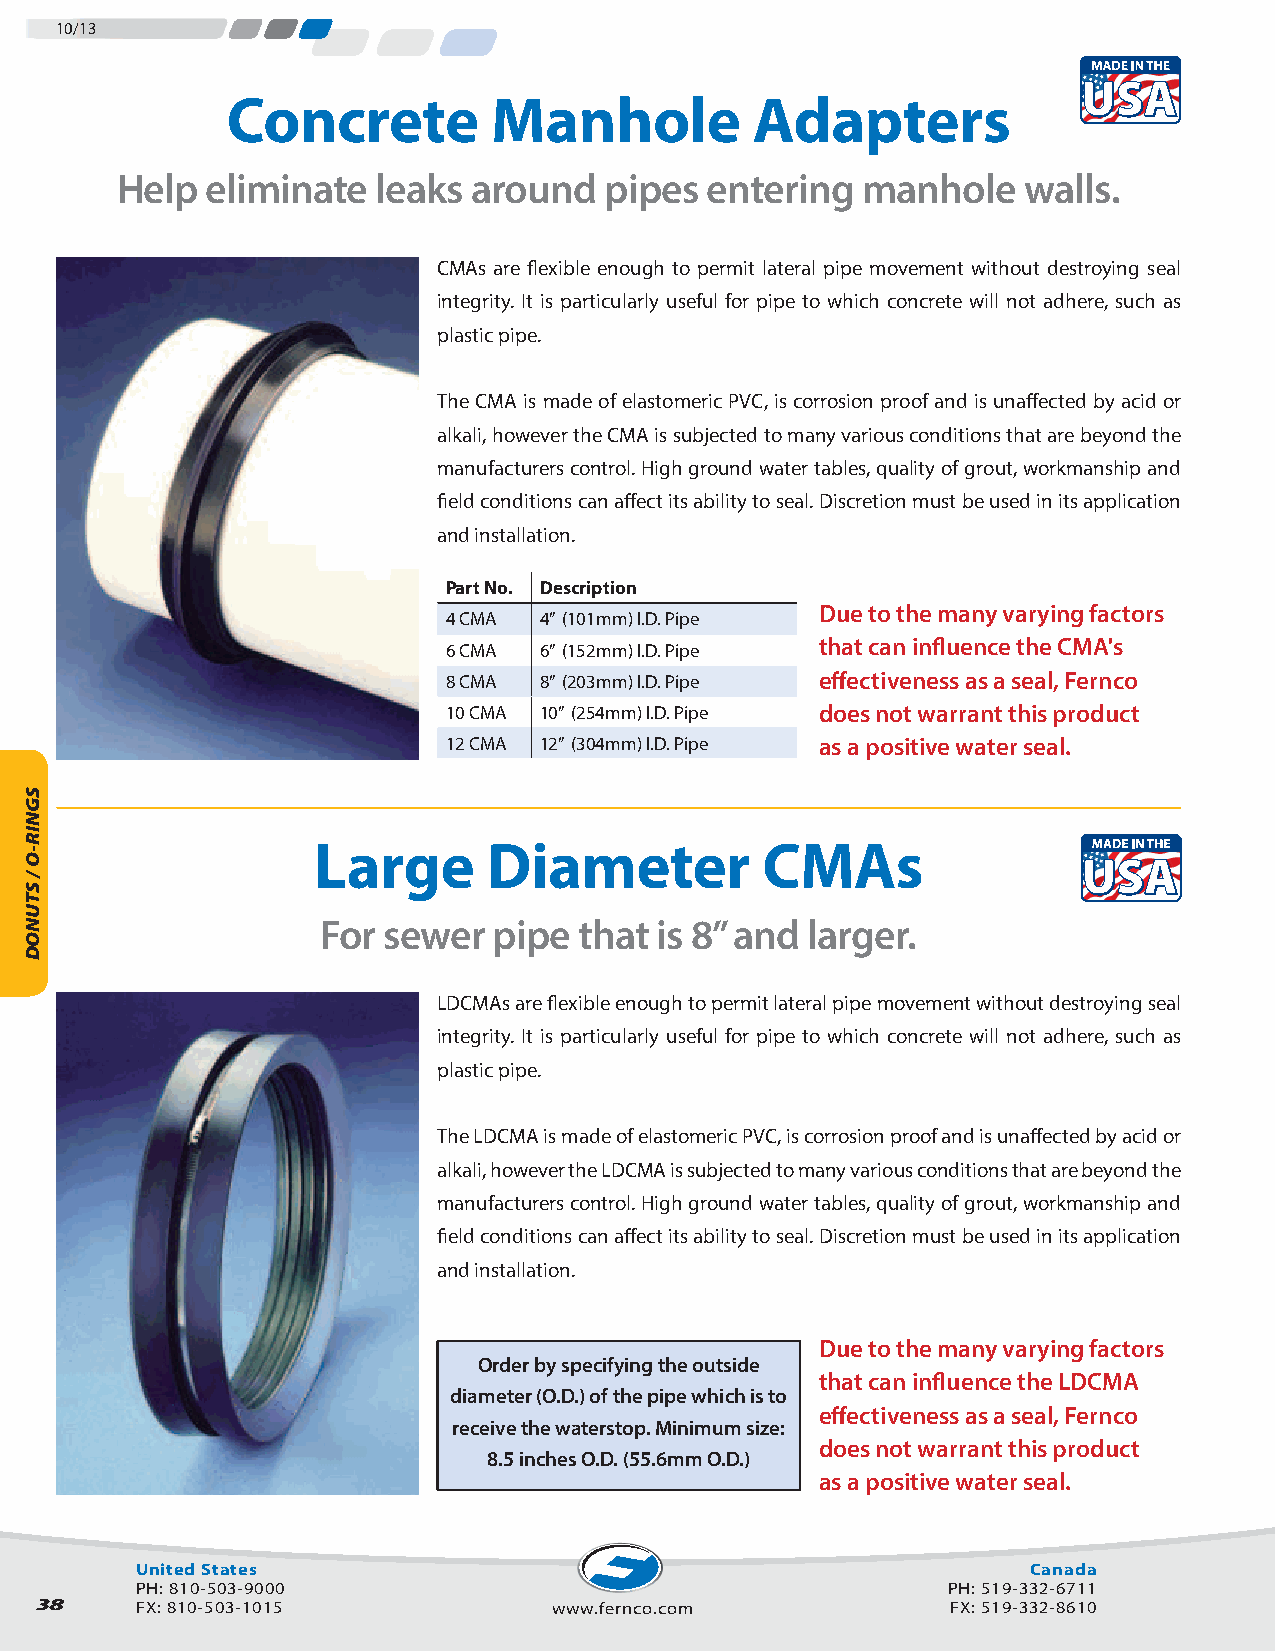
10/13
 Concrete          Manhole          Adapters
 Help  eliminate  leaks around   pipes  entering  manhole    walls.
 CMAs are flexible enough to permit lateral pipe movement without destroying seal
 integrity. It is particularly useful for pipe to which concrete will not adhere, such as
 plastic pipe.
 The CMA is made of elastomeric PVC, is corrosion proof and is unaffected by acid or
 alkali, however the CMA is subjected to many various conditions that are beyond the
 manufacturers control. High ground water tables, quality of grout, workmanship and
 field conditions can affect its ability to seal. Discretion must be used in its application
 and installation.
 Part No. Description
 Due to the many varying factors
 4 CMA 4” (101mm) I.D. Pipe
 that can influence the CMA's
 6 CMA 6” (152mm) I.D. Pipe
 8 CMA 8” (203mm) I.D. Pipe effectiveness as a seal, Fernco
 10 CMA 10” (254mm) I.D. Pipe does not warrant this product
 12 CMA 12” (304mm) I.D. Pipe as a positive water seal.
 Large      Diameter          CMAs
 For sewer   pipe that  is 8” and larger.
 LDCMAs are flexible enough to permit lateral pipe movement without destroying seal
 integrity. It is particularly useful for pipe to which concrete will not adhere, such as
 plastic pipe.
 The LDCMA is made of elastomeric PVC, is corrosion proof and is unaffected by acid or
 alkali, however the LDCMA is subjected to many various conditions that are beyond the
 manufacturers control. High ground water tables, quality of grout, workmanship and
 field conditions can affect its ability to seal. Discretion must be used in its application
 and installation.
 Due to the many varying factors
 Order by specifying the outside
 that can influence the LDCMA
 diameter (O.D.) of the pipe which is to
 effectiveness as a seal, Fernco
 receive the waterstop. Minimum size:
 does not warrant this product
 8.5 inches O.D. (55.6mm O.D.)
 as a positive water seal.
 United States                                              Canada
 PH: 810-503-9000                                      PH: 519-332-6711
 38     FX: 810-503-1015            www.fernco.com            FX: 519-332-8610
 SGNIR-O
 /
 STUNOD